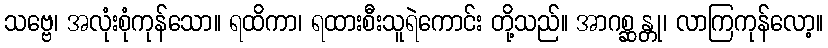
သဗ္ဗေ၊ အလုံးစုံကုန်သော။ ရထိကာ၊ ရထားစီးသူရဲကောင်း တို့သည်။ အာဂစ္ဆန္တု၊ လာကြကုန်လော့။